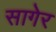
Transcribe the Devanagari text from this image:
सागेर